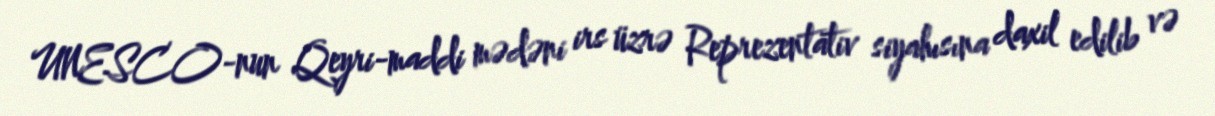
UNESCO-nun Qeyri-maddi mədəni irs üzrə Reprezentativ siyahısına daxil edilib və